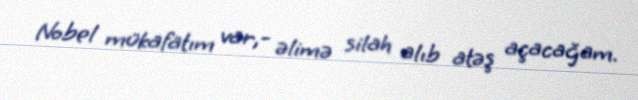
Nobel mükafatım var,- əlimə silah alıb atəş açacağam.